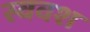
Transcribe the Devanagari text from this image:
स्ववश